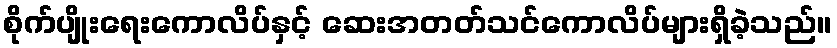
စိုက်ပျိုးရေးကောလိပ်နှင့် ဆေးအတတ်သင်ကောလိပ်များရှိခဲ့သည်။